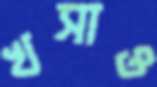
খসাও